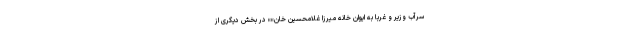
سرآب وزیر و غربا به ایوان خانه میرزا غلامحسین خان»» در بخش دیگری از